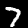
Digit: 7